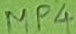
Text: MP4